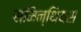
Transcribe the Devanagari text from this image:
स्मिन्थियस